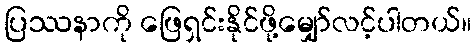
ပြဿနာကို ဖြေရှင်းနိုင်ဖို့မျှော်လင့်ပါတယ်။